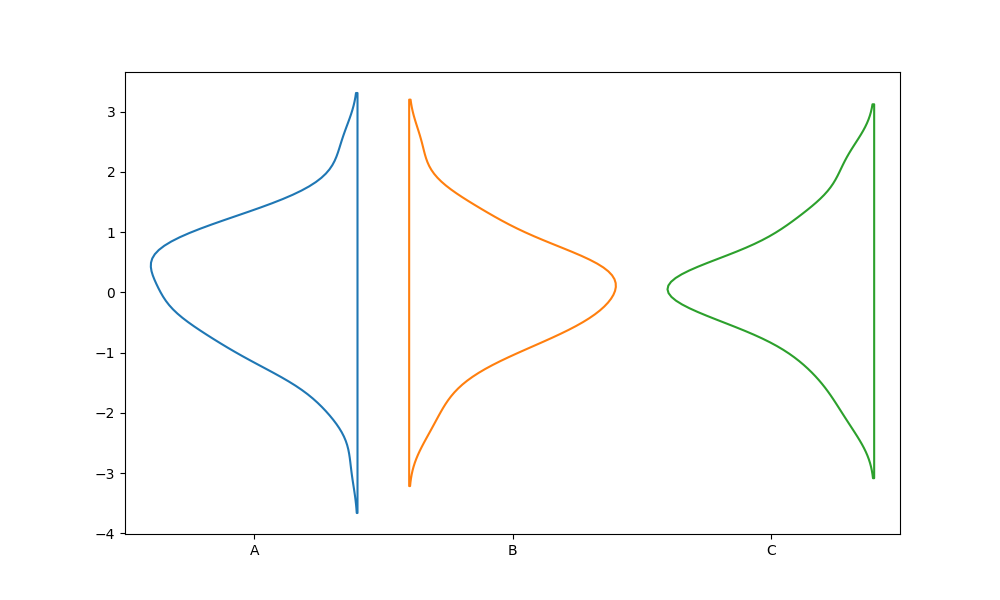
python, seaborn, violinplot, scale='count', split='True', inner='None', fill='False'